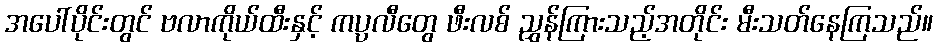
အပေါ်ပိုင်းတွင် ဗလာကိုယ်ထီးနှင့် ကပ္ပလီတွေ ဖီးလစ် ညွှန်ကြားသည့်အတိုင်း မီးသတ်နေကြသည်။